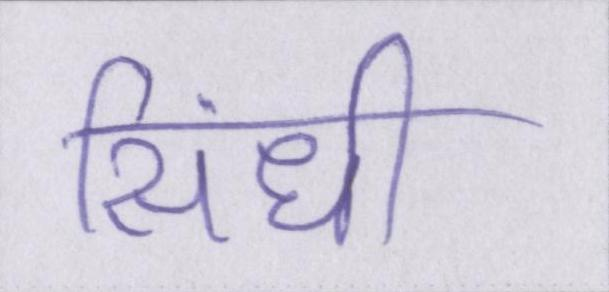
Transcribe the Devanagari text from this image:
सिंधी